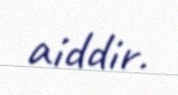
aiddir.